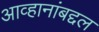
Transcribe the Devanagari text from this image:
आव्हानांबद्दल